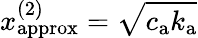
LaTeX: {x_{\mathrm{approx}}^{(2)}=\sqrt{c_{\mathrm{a}}k_{\mathrm{a}}}}